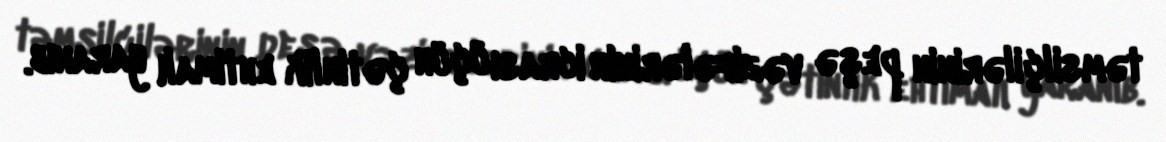
təmsilçilərinin peşə vəzifələrinin icrası üçün çətinlik ehtimalı yaranıb.